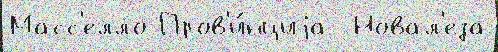
Масс'елло Пров'и́нциjа  Новал'еза